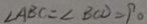
\angle A B C = \angle B C D = 9 0